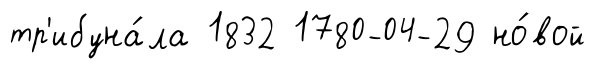
тр'ибуна́ла 1832 1780-04-29 но́вой